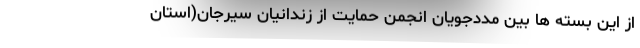
از این بسته ها بین مددجویان انجمن حمایت از زندانیان سیرجان(استان